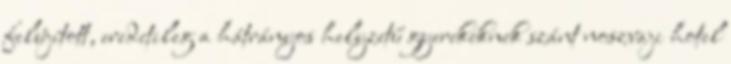
felújított, eredetileg a hátrányos helyzetű gyerekeknek szánt noszvaji hotel